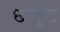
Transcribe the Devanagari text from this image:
छःफुट